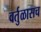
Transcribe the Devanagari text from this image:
वर्तुळासच